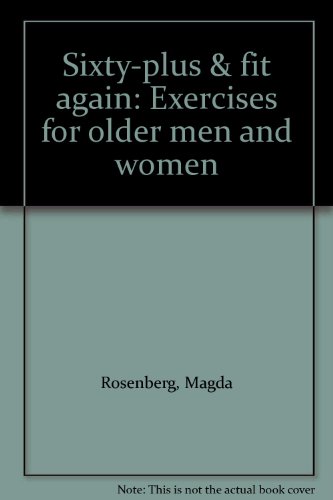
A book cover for Sixty-plus & fit again: Exercises for older men and women; Magda Rosenberg; Health, Fitness & Dieting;